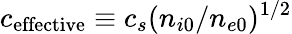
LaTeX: c_{\textrm{effective}}\equiv c_{s}(n_{i0}/n_{e0})^{1/2}